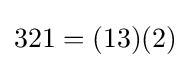
321=(13)(2)